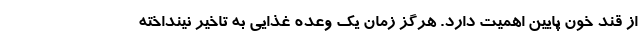
از قند خون پایین اهمیت دارد. هرگز زمان یک وعده غذایی به تاخیر نینداخته